Indian journal of veterinary science and animal husbandry - Volumes 15-17, 1948-1951
Year: 1948
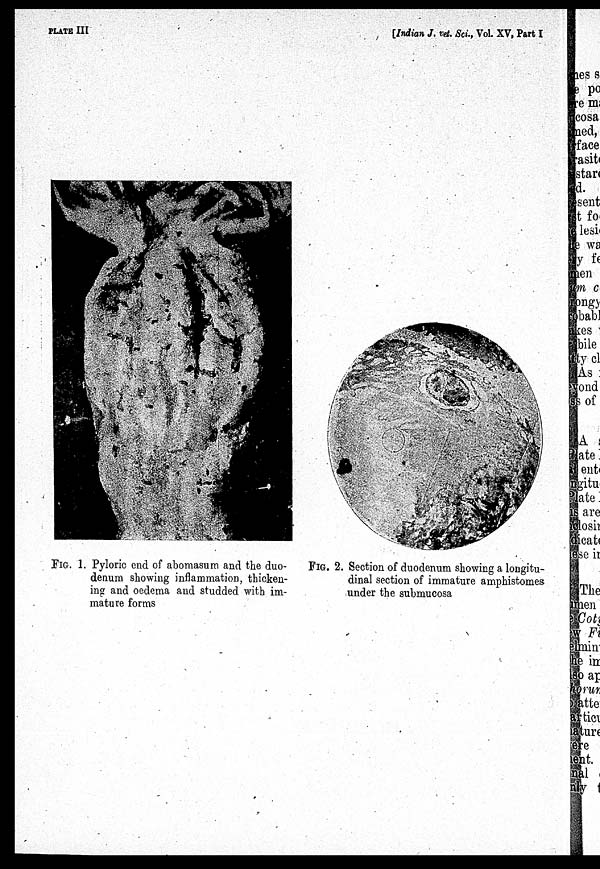
PLATE III
[Indian J. vet. Sci, Vol. XV, Part I
FIG. 1. Pyloric end of abomasum and the duo-
denum showing inflammation, thicken-
ing and oedema and studded with im-
mature forms
FIG. 2. Section of duodenum showing a longitu-
dinal section of immature amphistomes
under the submucosa